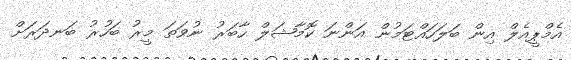
އެމްޕީއެލް އިން ބަލަހައްޓަމުން އަންނަ ކޮމާޝަލް ހާބަރު ނުވަތަ މީރު ބަހުރު ބަނދަރަށް